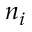
n _ { i }